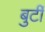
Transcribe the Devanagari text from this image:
बुर्टी